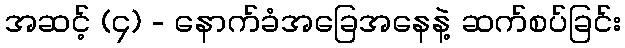
အဆင့် (၄) - နောက်ခံအခြေအနေနဲ့ ဆက်စပ်ခြင်း